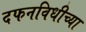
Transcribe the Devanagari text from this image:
दफनविधीच्या